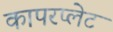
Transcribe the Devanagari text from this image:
कापरप्लेट